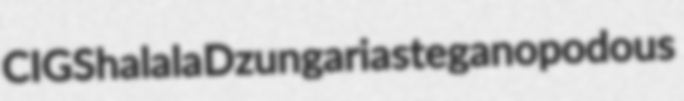
CIGS halala Dzungaria steganopodous